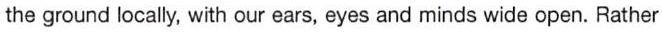
the ground locally, with our ears, eyes and minds wide open. Rather